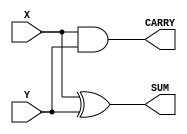

module Half_Adder (
	output wire SUM, CARRY,
	input wire X,Y
);

	and (CARRY, X, Y);
	xor (SUM, X, Y);

endmodule